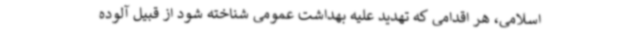
اسلامی، هر اقدامی که تهدید علیه بهداشت عمومی شناخته شود از قبیل آلوده